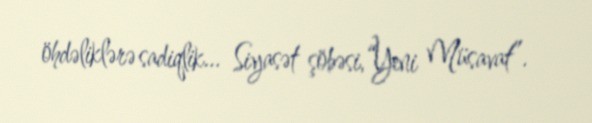
öhdəliklərə sadiqlik... Siyasət şöbəsi,“Yeni Müsavat”.